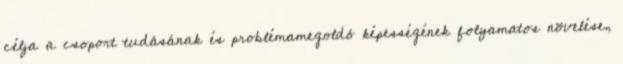
célja a csoport tudásának és problémamegoldó képességének folyamatos növelése,